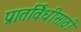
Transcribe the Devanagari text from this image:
प्रातर्विधीसाठी